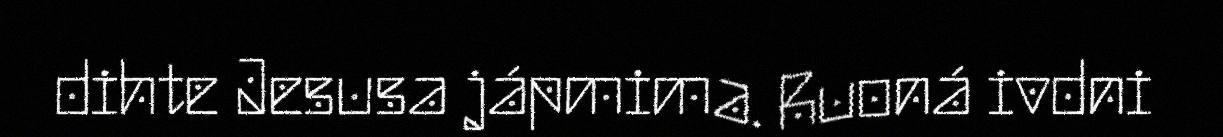
dihte Jesusa jápmima. Ruoná ivdni